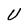
Character: U